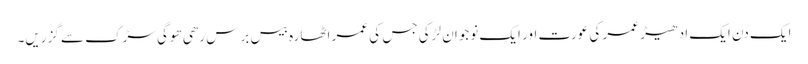
ایک دن ایک ادھیڑ عمر کی عورت اور ایک نوجوان لڑکی جس کی عمر اٹھارہ بیس برس رھی ھوگی سڑک سے گزریں۔